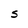
Character: S